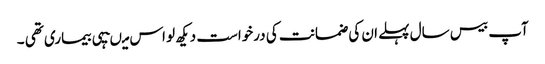
آپ بیس سال پہلے ان کی ضمانت کی درخواست دیکھ لو اس میںیہی بیماری تھی ۔